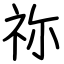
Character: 祢